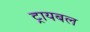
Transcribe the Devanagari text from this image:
ट्रायबल